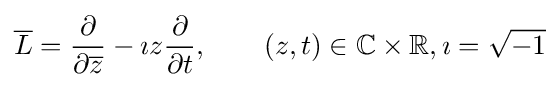
{\overline {L}}={\frac {\partial }{\partial {\overline {z}}}}-\imath z{\frac {\partial }{\partial t}},\qquad (z,t)\in \mathbb {C} \times \mathbb {R} ,\imath ={\sqrt {-1}}